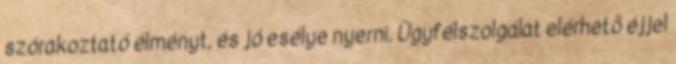
szórakoztató élményt, és jó esélye nyerni. Ügyfélszolgálat elérhető éjjel